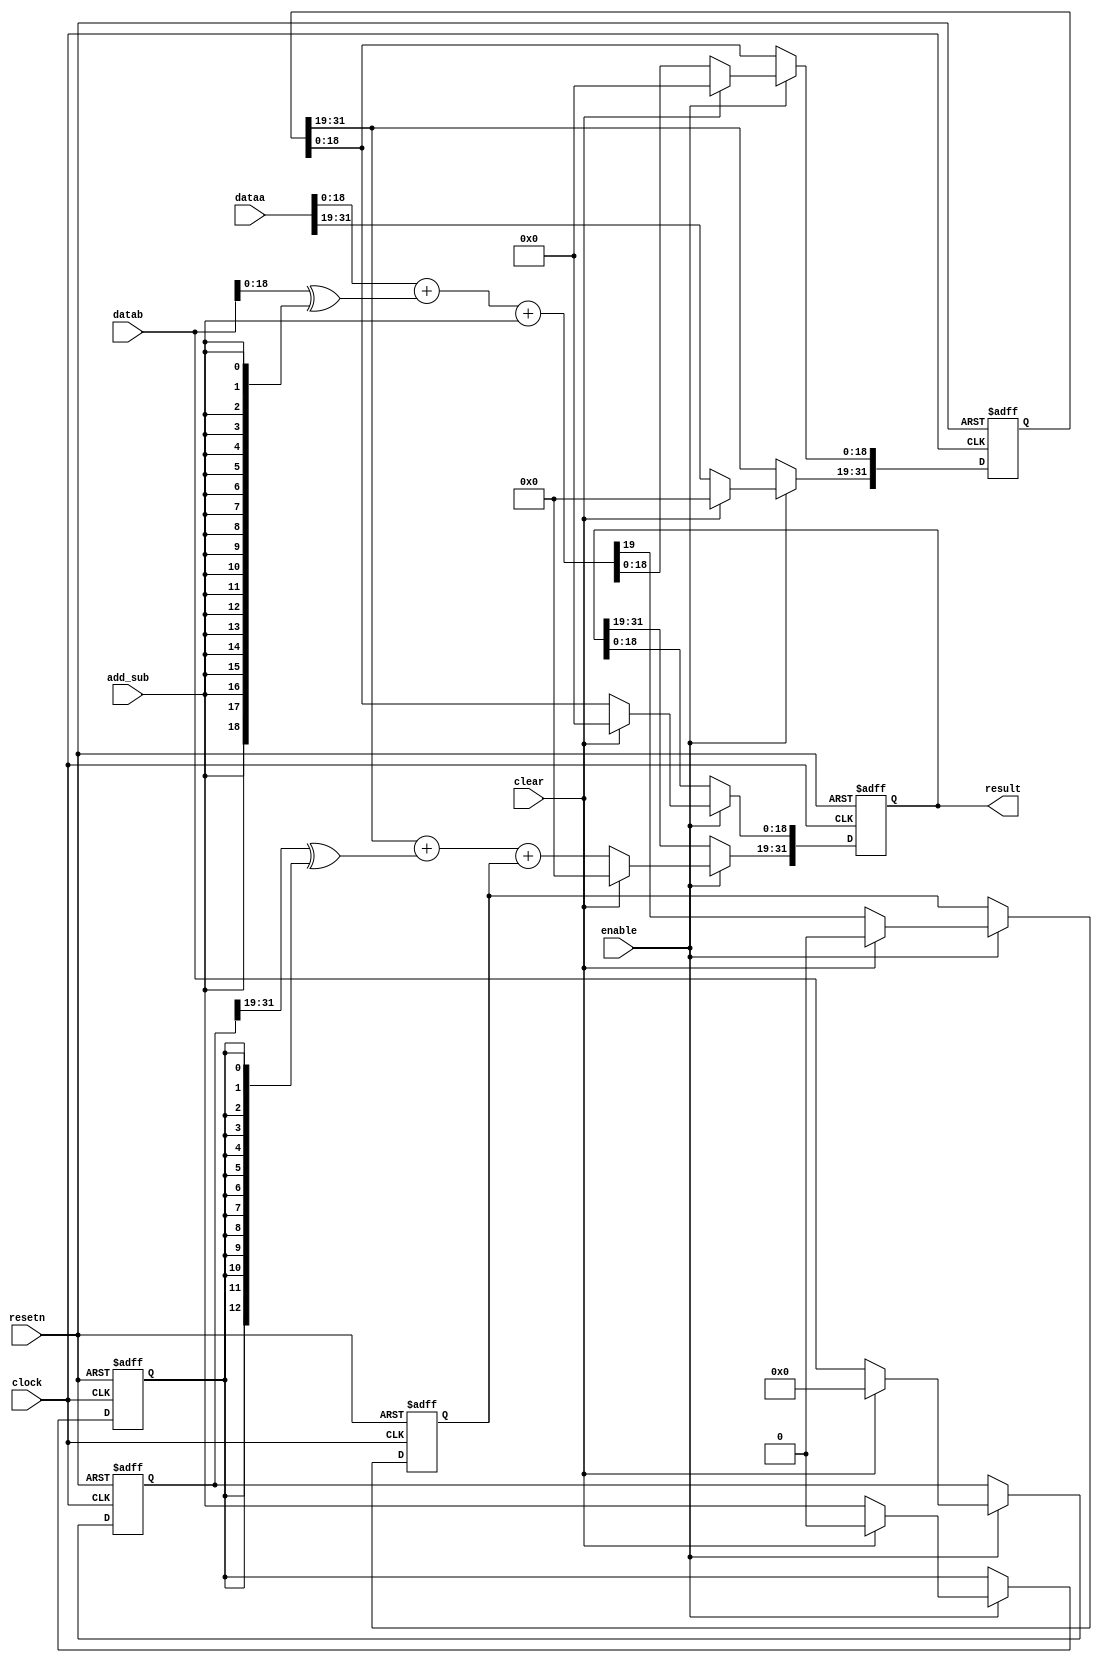
// (C) 1992-2018 Intel Corporation.                            
// Intel, the Intel logo, Intel, MegaCore, NIOS II, Quartus and TalkBack words    
// and logos are trademarks of Intel Corporation or its subsidiaries in the U.S.  
// and/or other countries. Other marks and brands may be claimed as the property  
// of others. See Trademarks on intel.com for full list of Intel trademarks or    
// the Trademarks & Brands Names Database (if Intel) or See www.Intel.com/legal (if Altera) 
// Your use of Intel Corporation's design tools, logic functions and other        
// software and tools, and its AMPP partner logic functions, and any output       
// files any of the foregoing (including device programming or simulation         
// files), and any associated documentation or information are expressly subject  
// to the terms and conditions of the Altera Program License Subscription         
// Agreement, Intel MegaCore Function License Agreement, or other applicable      
// license agreement, including, without limitation, that your use is for the     
// sole purpose of programming logic devices manufactured by Intel and sold by    
// Intel or its authorized distributors.  Please refer to the applicable          
// agreement for further details.                                                 


module acl_multistage_adder(clock, resetn, clear, enable, result, dataa, datab, add_sub);
  // This module tessellates the accumulator into SECTION_SIZE-bit chunks.
  parameter WIDTH = 32;
  parameter SECTION_SIZE = 19;
  input clock, resetn, clear, add_sub, enable;
  input [WIDTH-1:0] dataa;
  input [WIDTH-1:0] datab;
  output [WIDTH-1:0] result;
  
  wire [WIDTH-1:0] dataa_inter;
  wire [WIDTH-1:0] datab_inter;
  function integer stage_count;
    input integer width;
    input integer size;
    integer temp,i;
    begin
      temp = width/size;
      if ((width % size) > 0) temp = temp+1;
      stage_count = temp;
    end
  endfunction
  
  function integer mymax;
    input integer a;
    input integer b;
    integer temp;
    begin
      if (a > b) temp = a; else temp = b;
      mymax = temp;
    end
  endfunction 

  function integer mymin;
    input integer a;
    input integer b;
    integer temp;
    begin
      if (a < b) temp = a; else temp = b;
      mymin = temp;
    end
  endfunction   

  localparam TOTAL_STAGES = stage_count(WIDTH, SECTION_SIZE);
  
  assign dataa_inter = dataa;
  assign datab_inter = datab;
  
  // This little trick is for modelsim to resolve its handling of generate statements.
  // It prevents modelsim from thinking there is an out-of-bound access.
  // This also simplifies one of the if statements below.
  reg [TOTAL_STAGES-1 : -1] pipelined_add_sub;  
  reg [TOTAL_STAGES-1 : -1] pipelined_carry;  
  reg [WIDTH-1 : 0] pipelined_datab [TOTAL_STAGES-1 : -1];
  reg [WIDTH-1 : 0] pipelined_result [TOTAL_STAGES-1 : -1];
  
  genvar i;
  generate
    for (i = 0; i < TOTAL_STAGES; i = i + 1)
    begin: add_sub_stage
      always@(posedge clock or negedge resetn)
      begin
        if( ~resetn )
        begin
          pipelined_add_sub[i] <= 1'b0;
          pipelined_datab[i] <= {{WIDTH}{1'b0}};
        end
        else if (enable)
        begin
          if( clear )  
          begin
            pipelined_add_sub[i] <= 1'b0;
            pipelined_datab[i] <= {{WIDTH}{1'b0}};
          end
          else
          begin
            if ( i == 0) begin
            pipelined_add_sub[i] <= add_sub;
            pipelined_datab[i] <= datab_inter;
            end
            else begin
            pipelined_add_sub[i] <= pipelined_add_sub[i-1];
            pipelined_datab[i] <= pipelined_datab[i-1];       
        end
          end
        end
      end
      
      always@(posedge clock or negedge resetn)
      begin
        if( ~resetn )
        begin
          pipelined_result[i] <= {{WIDTH}{1'b0}};
          pipelined_carry[i] <= 1'b0;
        end
        else if (enable)
        begin
          if( clear )  
          begin
            pipelined_result[i] <= {{WIDTH}{1'b0}};
            pipelined_carry[i] <= 1'b0;
          end
          else
          begin
            if (i > 0)
            begin
              pipelined_result[i][mymax(SECTION_SIZE*i - 1,0):0] <= pipelined_result[i-1][mymax(SECTION_SIZE*i - 1,0):0];
            end

            if ( i == 0 ) begin
            {pipelined_carry[i], pipelined_result[i][mymin(SECTION_SIZE*(i+1), WIDTH) - 1 : SECTION_SIZE*i]} <=
               dataa_inter[mymin(SECTION_SIZE*(i+1), WIDTH) - 1 : SECTION_SIZE*i] + 
               (datab_inter[mymin(SECTION_SIZE*(i+1), WIDTH) - 1 : SECTION_SIZE*i] ^ {{SECTION_SIZE}{add_sub}})
               + add_sub;
            if (SECTION_SIZE*(i+1) < WIDTH)
            begin
              pipelined_result[i][WIDTH-1: mymin(SECTION_SIZE*(i+1), WIDTH-1)] <= dataa_inter[WIDTH-1: mymin(SECTION_SIZE*(i+1), WIDTH-1)];
            end
            end else begin
            {pipelined_carry[i], pipelined_result[i][mymin(SECTION_SIZE*(i+1), WIDTH) - 1 : SECTION_SIZE*i]} <=
               pipelined_result[i-1][mymin(SECTION_SIZE*(i+1), WIDTH) - 1 : SECTION_SIZE*i] + 
               (pipelined_datab[i-1][mymin(SECTION_SIZE*(i+1), WIDTH) - 1 : SECTION_SIZE*i] ^ {{SECTION_SIZE}{pipelined_add_sub[i-1]}})
               + pipelined_carry[i-1];
            if (SECTION_SIZE*(i+1) < WIDTH)
            begin
              pipelined_result[i][WIDTH-1: mymin(SECTION_SIZE*(i+1), WIDTH-1)] <= pipelined_result[i-1][WIDTH-1: mymin(SECTION_SIZE*(i+1), WIDTH-1)];
            end
        end
          end
        end
      end
    end
  endgenerate  
  
  assign result = pipelined_result[TOTAL_STAGES-1];

endmodule


// vim:set filetype=verilog: